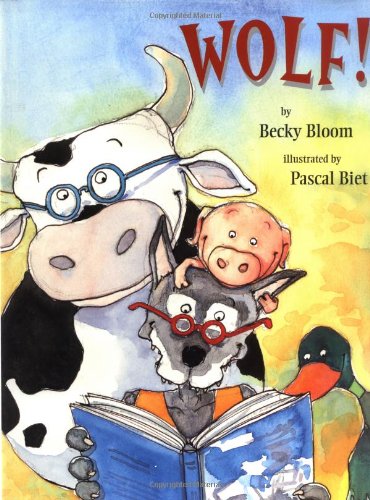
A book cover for Wolf!; Becky Bloom; Children's Books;